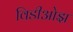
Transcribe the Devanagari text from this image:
विडीओझ